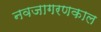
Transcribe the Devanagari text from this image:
नवजागरणकाल